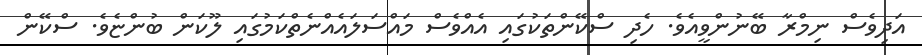
އަދިވެސް ނިމްރާ ބޭނުންވީއެވެ. ހެދި ސްކޭންތަކުގައި އެއްވެސް މައްސަލައެއްނެތްކަމުގައި ލޫކަން ބުންޏެވެ. ސްކޭން